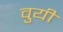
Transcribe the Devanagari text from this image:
वुयी